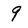
Character: 9